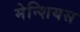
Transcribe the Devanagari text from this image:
मेन्शियस